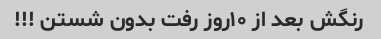
رنگش بعد از ۱۰روز رفت بدون شستن !!!